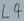
Text: L4